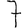
Digit: 7